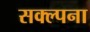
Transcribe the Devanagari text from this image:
सक्ल्पना